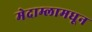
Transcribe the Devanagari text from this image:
मेदाम्लामधून